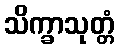
သိက္ခာသုတ္တံ